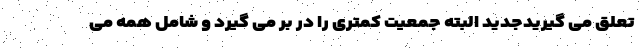
تعلق می گیریدجدید البته جمعیت کمتری را در بر می گیرد و شامل همه می